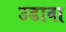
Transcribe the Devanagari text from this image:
उडावा